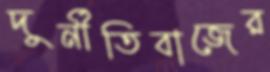
দুর্নীতিবাজের